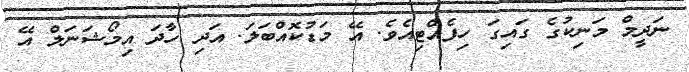
ނަދީމް މަނިކުގެ ގައިގަ ހިފެއްޓިއެވެ. އޭ މަޑުކޮއްބަލަ. އަދި ހާދަ އިމޯޝަނަލް އޭ